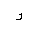
Letter: _ra